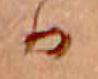
か